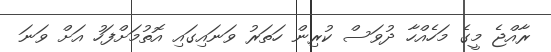
ރާއްޖެ މީގެ މަހެއްހާ ދުވަސް ކުރިން ހަތަރު ވަނައިގައި އޮތުމަށްފަހު އަށް ވަނަ